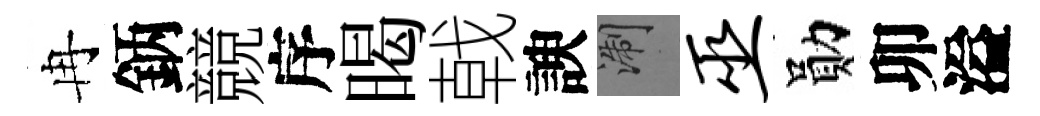
冉鈵競序暍戟諛浙巫勛卯溢